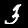
Digit: 3